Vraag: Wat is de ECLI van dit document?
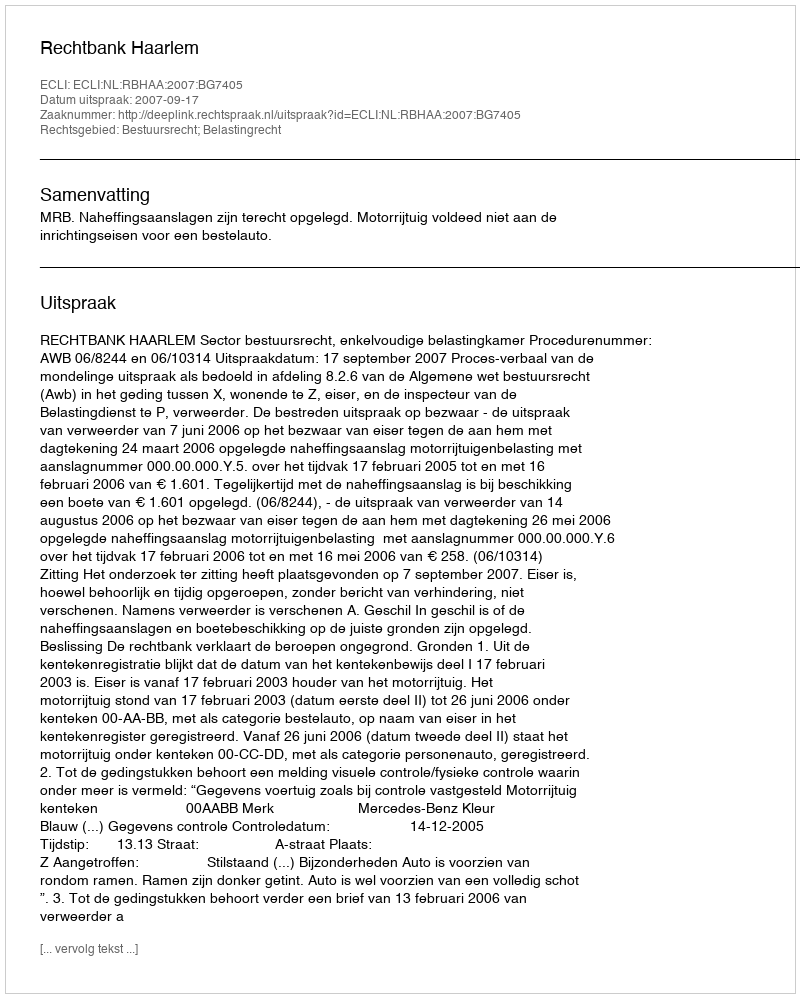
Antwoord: ECLI:NL:RBHAA:2007:BG7405